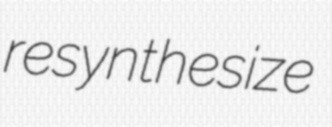
resynthesize